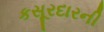
કસૂરદારની